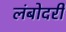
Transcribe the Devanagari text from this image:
लंबोदरी